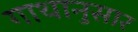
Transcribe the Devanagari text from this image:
गाथानुसार